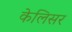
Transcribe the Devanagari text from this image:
केलिसर